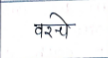
मजकूर: वरचे